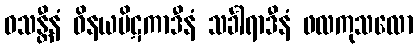
ဝသန္တီနံ ဝိနယပိဋကာဒီနံ သင်္ခါရာဒီနံ ဖလကုသလော